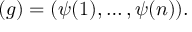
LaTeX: \mathbf { \phi } ( g ) = ( \psi ( 1 ) , \dots , \psi ( n ) ) .